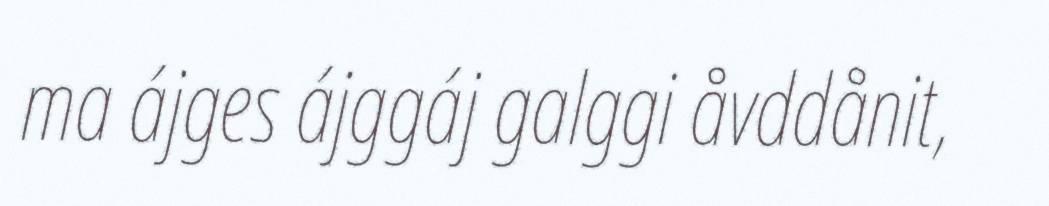
ma ájges ájggáj galggi åvddånit,